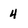
Character: 4